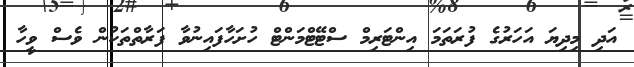
އަދި މިދިޔަ އަހަރުގެ ފުރަތަމަ އިންޓަރިމް ސްޓޭޓްމަންޓް ހުށަހާފައިނުވާ ފަރާތްތަކުން ވެސް ވީހާ